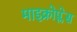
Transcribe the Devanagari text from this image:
माइक्रोप्लेस